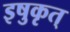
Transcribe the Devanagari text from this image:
इषुकृत्